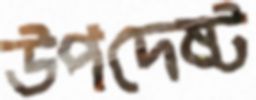
উপদেষ্ট